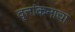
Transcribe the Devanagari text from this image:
वृत्तांकनाचा